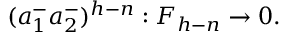
( a _ { 1 } ^ { - } a _ { 2 } ^ { - } ) ^ { h - n } : { \cal F } _ { h - n } \rightarrow 0 .